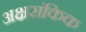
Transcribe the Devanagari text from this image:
अक्षरांकिक